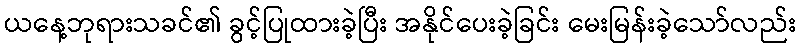
ယနေ့ဘုရားသခင်၏ ခွင့်ပြုထားခဲ့ပြီး အနိုင်ပေးခဲ့ခြင်း မေးမြန်းခဲ့သော်လည်း